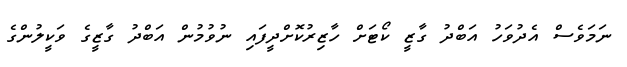
ނަމަވެސް އެދުވަހު އަބްދު ގާޒީ ކޯޓަށް ހާޒިރުކޮށްދީފައި ނުވުމުން އަބްދު ގާޒީގެ ވަކީލުންގެ